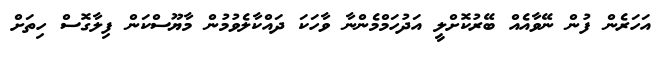
އަަހަރެން ފުން ނޭވާއެއް ބޭރުކޮށްލީ އަދުހަމްމެންނާާ ވާާހަކަ ދައްކާލެވުމުން މާާޔޫސްކަން ފިލާގޮސް ހިތަަށް